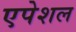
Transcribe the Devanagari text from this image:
एपेशल